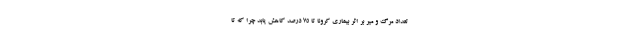
تعداد مرگ و میر بر اثر بیماری کرونا تا ۷۵ درصد کاهش یابد چرا که تا